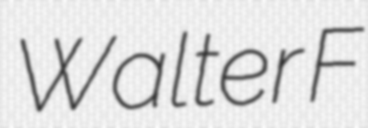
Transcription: Walter F